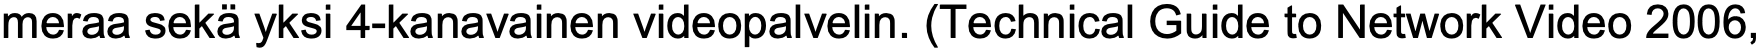
meraa sekä yksi 4-kanavainen videopalvelin. (Technical Guide to Network Video 2006,